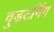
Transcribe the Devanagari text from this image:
वुडटर्निंग